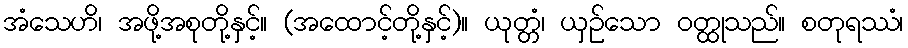
အံသေဟိ၊ အဖို့အစုတို့နှင့်။ (အထောင့်တို့နှင့်)။ ယုတ္တံ၊ ယှဉ်သော ဝတ္ထုသည်။ စတုရဿံ၊